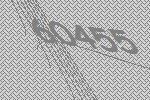
60455